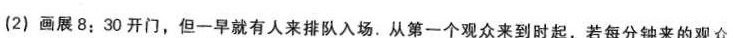
(2)画展8；30开门，但一早就有人来排队入场。从第一个观众来到时起，若每分钟来的观众